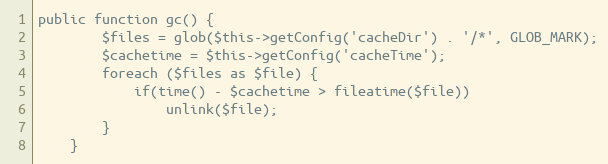
Language: PHP
public function gc() {
        $files = glob($this->getConfig('cacheDir') . '/*', GLOB_MARK);
        $cachetime = $this->getConfig('cacheTime');
        foreach ($files as $file) {
            if(time() - $cachetime > fileatime($file))
                unlink($file);
        }
    }